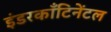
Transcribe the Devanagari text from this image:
इंडरकाँटिनेंटल